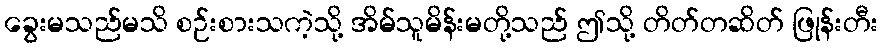
ခွေးမသည်မသိ စဉ်းစားသကဲ့သို့ အိမ်သူမိန်းမတို့သည် ဤသို့ တိတ်တဆိတ် ဖြုန်းတီး